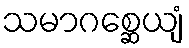
သမာဂစ္ဆေယျံ